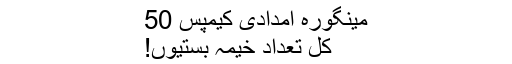
مینگورہ امدادی کیمپس 50
کل تعداد خیمہ بستیوں!